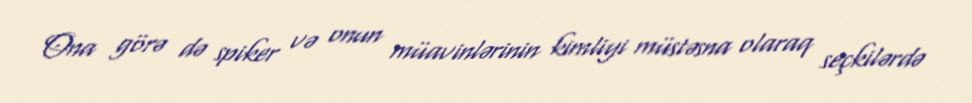
Ona görə də spiker və onun müavinlərinin kimliyi müstəsna olaraq seçkilərdə